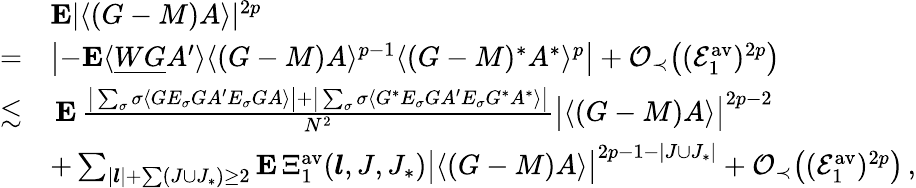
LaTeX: \begin{array}{rl}&{\mathbf{E}|\langle(G-M)A\rangle|^{2p}}\\ {=}&{\left\vert-\mathbf{E}\langle\underline{{WG}}{A^{\prime}}\rangle\langle(G-M)A\rangle^{p-1}\langle(G-M)^{*}A^{*}\rangle^{p}\right\vert+\mathcal{O}_{\prec}\big((\mathcal{E}_{1}^{\mathrm{av}})^{2p}\big)}\\ {\lesssim}&{\, \mathbf{E}\, \frac{\big|\sum_{\sigma}\sigma\langle GE_{\sigma}G{A^{\prime}}E_{\sigma}GA\rangle\big|+\big|\sum_{\sigma}\sigma\langle G^{*}E_{\sigma}G{A^{\prime}}E_{\sigma}G^{*}A^{*}\rangle\big|}{N^{2}}\big\vert\langle(G-M)A\rangle\big\vert^{2p-2}}\\ &{+\sum_{|\boldsymbol{l}|+\sum(J\cup J_{*})\ge 2}\mathbf{E}\, \Xi_{1}^{\mathrm{av}}(\boldsymbol{l},J,J_{*})\big\vert\langle(G-M)A\rangle\big\vert^{2p-1-|J\cup J_{*}|}+\mathcal{O}_{\prec}\big((\mathcal{E}_{1}^{\mathrm{av}})^{2p}\big)\, ,}\end{array}